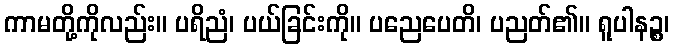
ကာမတို့ကိုလည်း။ ပရိညံ၊ ပယ်ခြင်းကို။ ပညေပေတိ၊ ပညတ်၏။ ရူပါနဉ္စ၊